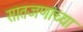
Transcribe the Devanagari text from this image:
सातजणांच्या